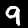
Label: 9